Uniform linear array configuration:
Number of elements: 64
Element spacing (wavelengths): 0.25
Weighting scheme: hann
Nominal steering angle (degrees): -30
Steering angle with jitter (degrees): -29.232
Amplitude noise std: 0.05
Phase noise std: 0.05

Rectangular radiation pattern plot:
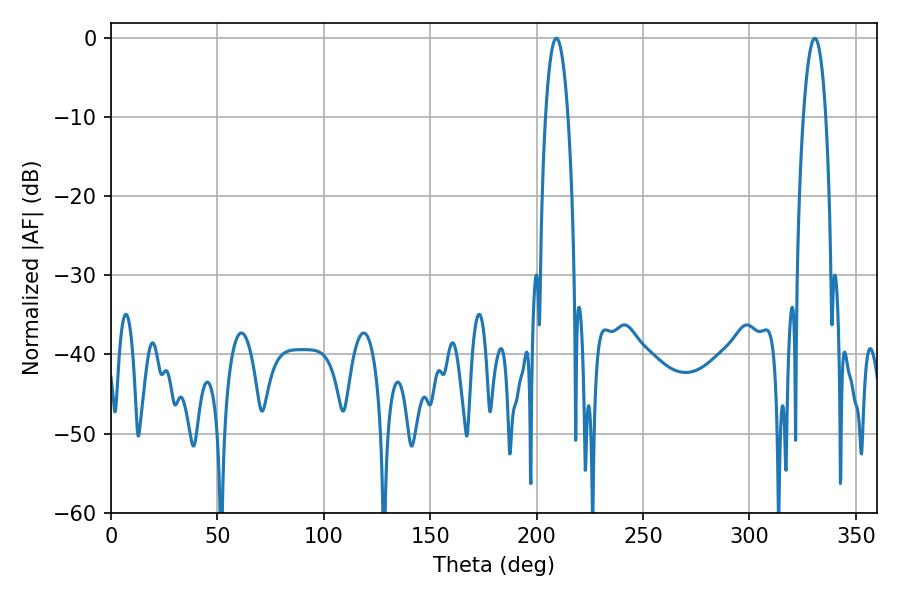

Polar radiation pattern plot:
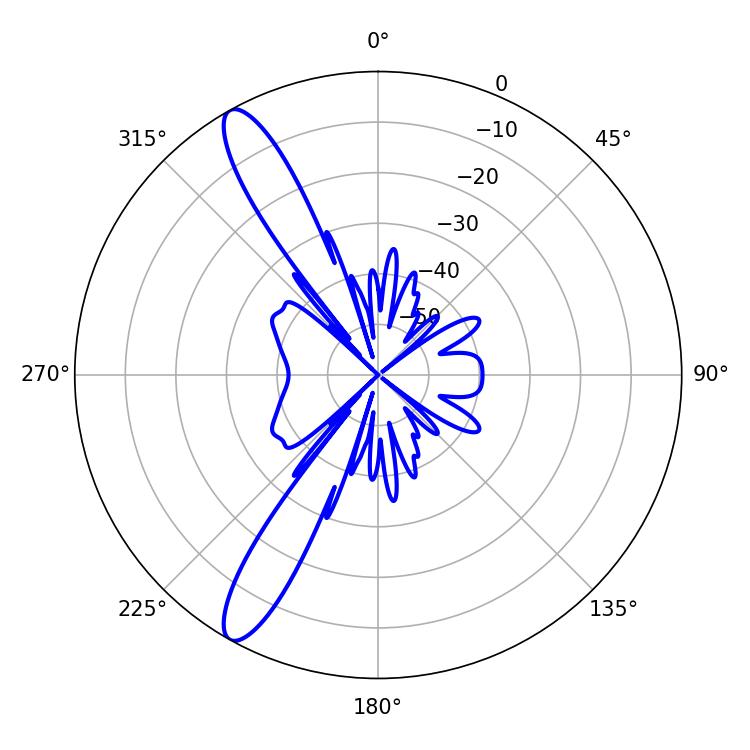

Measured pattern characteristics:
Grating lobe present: FALSE
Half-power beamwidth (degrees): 5.76
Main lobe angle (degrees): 330.66